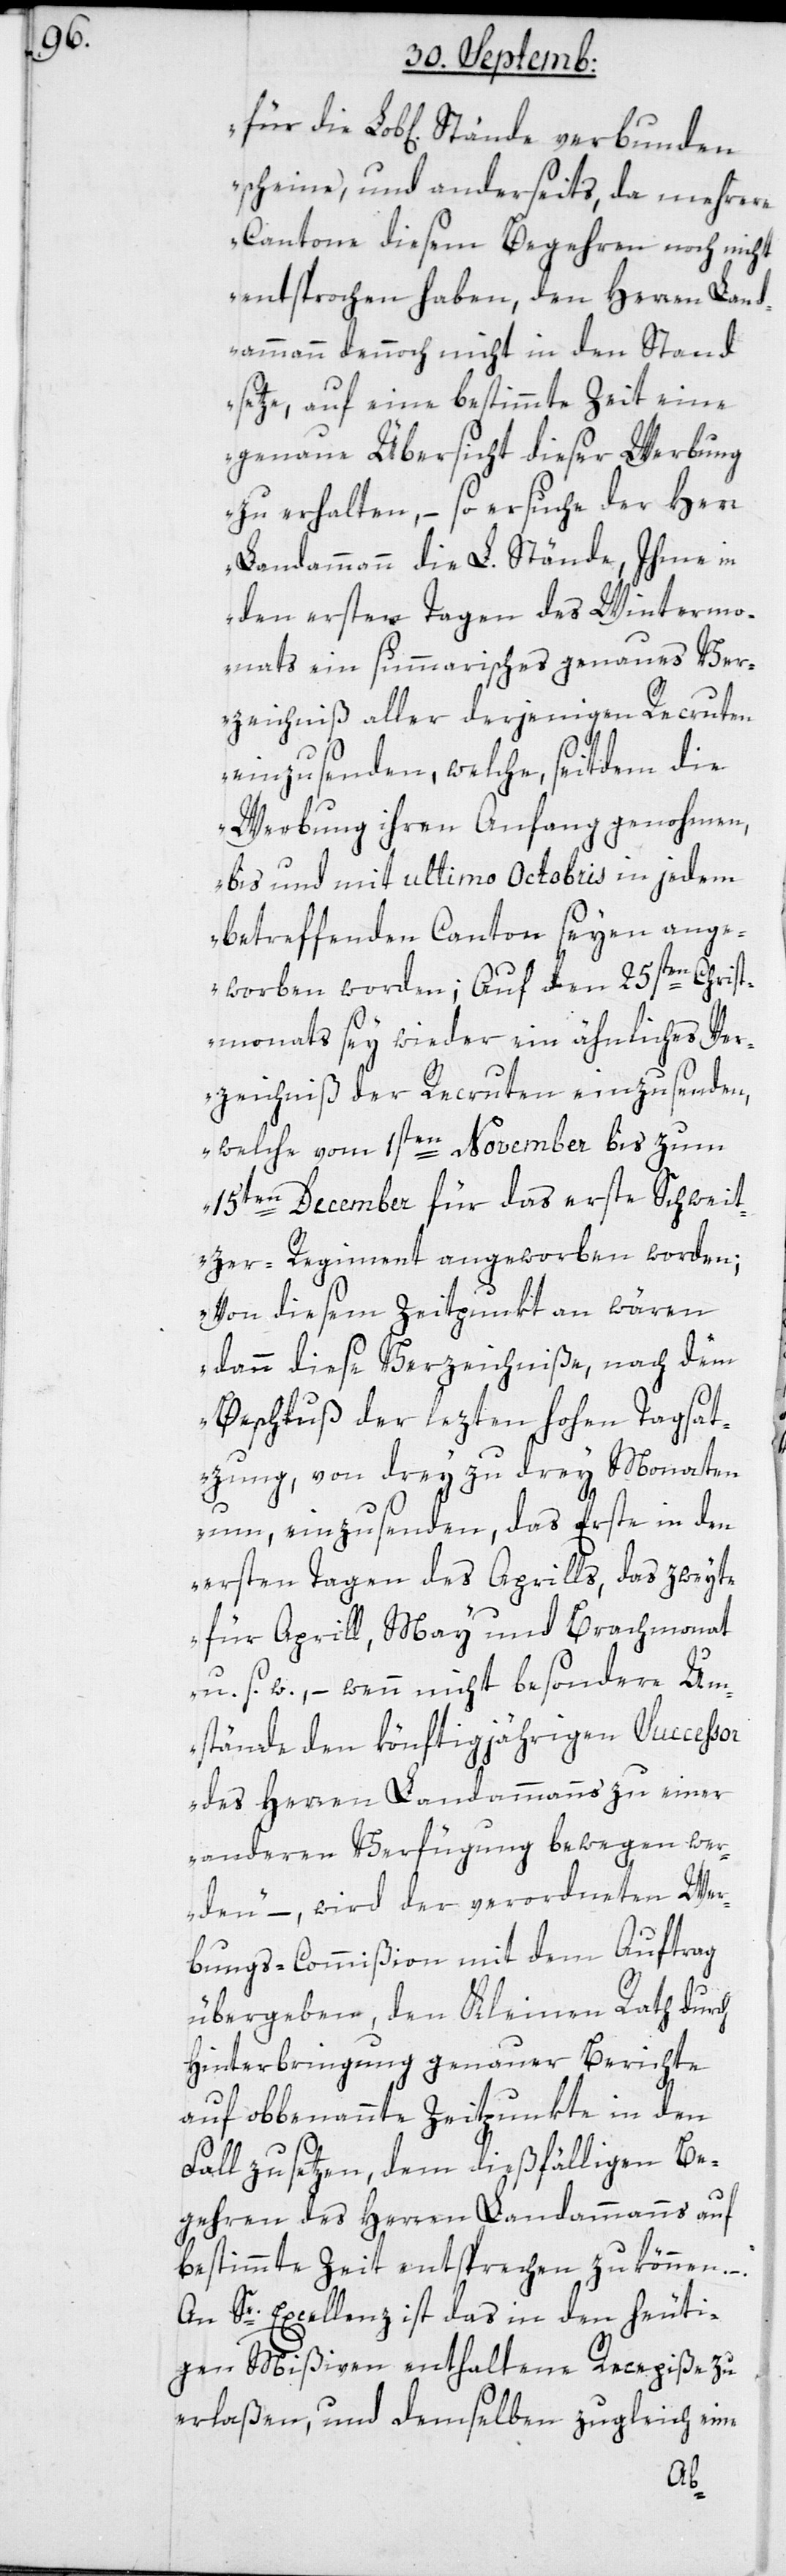
scheine, und anderseits, da mehrere
Cantone diesem Begehren noch nicht
entsprochen haben, den Herren Land¬
ammann dennoch nicht in den Stand
setze, auf eine bestimmte Zeit eine
genaue Übersicht dieser Werbung
zu erhalten, – so ersuche der Herr
Landammann die L. Stände, ihme in
den ersten Tagen des Wintermo¬
nats ein summarisches genaues Ver¬
zeichniß aller derjenigen Recruten
einzusenden, welche, seitdem die
Werbung ihren Anfang genohmen,
bis und mit ultimo Octobris in jedem
betreffenden Canton seyen ange¬
worben worden; Auf den 25sten Christ¬
monats sey wieder ein ähnliches Ver¬
zeichniß der Recruten einzusenden,
welche vom 1sten November bis zum
15ten December für das erste Schweit¬
zer-Regiment angeworben worden.
Von diesem Zeitpunkt an wären
dann diese Verzeichniße, nach dem
Beschluß der lezten hohen Tagsat¬
zung, von drey zu drey Monaten
um, einzusenden, das Erste in den
ersten Tagen des Aprills, das zweyte
für Aprill, May und Brachmonat
u. s. w., – wenn nicht besondere Um¬
stände den könftigjährigen Successor
des Herren Landammanns zu einer
anderen Verfügung bewegen wer¬
den“ –, wird der verordneten Wer¬
bungs-Commißion mit dem Auftrag
übergeben, den Kleinen Rath durch
Hinterbringung genauer Berichte
auf obbenannte Zeitpunkte in den
Fall zu setzen, dem dießfälligen Be¬
gehren des Herren Landammanns auf
bestimmte Zeit entsprechen zu können.
An Se. Excellenz ist das in den heuti¬
gen Mißiven enthaltene Recepiße zu
erlaßen, und demselben zugleich eine